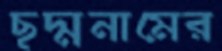
ছদ্মনামের